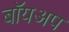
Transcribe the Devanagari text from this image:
बॉयअप